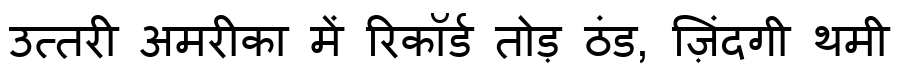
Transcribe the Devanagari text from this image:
उत्तरी अमरीका में रिकॉर्ड तोड़ ठंड, ज़िंदगी थमी